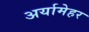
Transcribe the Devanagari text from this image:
अर्यामेहर